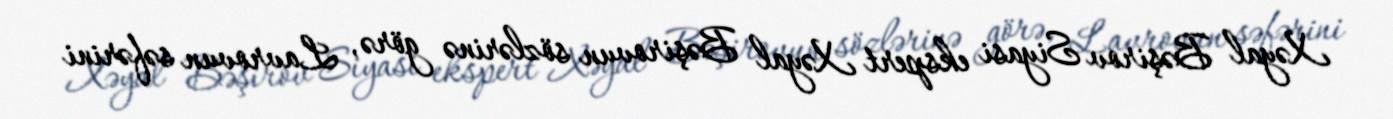
Xəyal Bəşirov Siyasi ekspert Xəyal Bəşirovun sözlərinə görə, Lavrovun səfərini